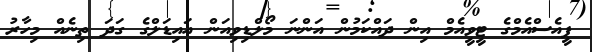
ޕީއެސްއެމްގެ ޓީވީއެމް އިން ދައްކަމުން އަންނަ މޯލްޑިވިއަން އައިޑަލްގެ ގަދަ ތިނެއް މިހާރު